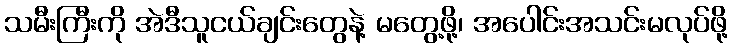
သမီးကြီးကို အဲဒီသူငယ်ချင်းတွေနဲ့ မတွေ့ဖို့၊ အပေါင်းအသင်းမလုပ်ဖို့